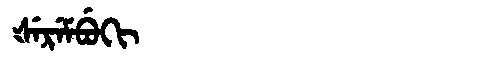
Manchu: ᡧᡝᡵᡝᠮᠪᡠᡴᡳ
Romanization: ŠEREMBUKI